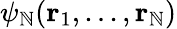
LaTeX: \psi_{\mathbb{N}}(\textbf{{r}}_{1},...,\textbf{{r}}_{\mathbb{N}})